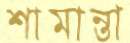
শামান্তা